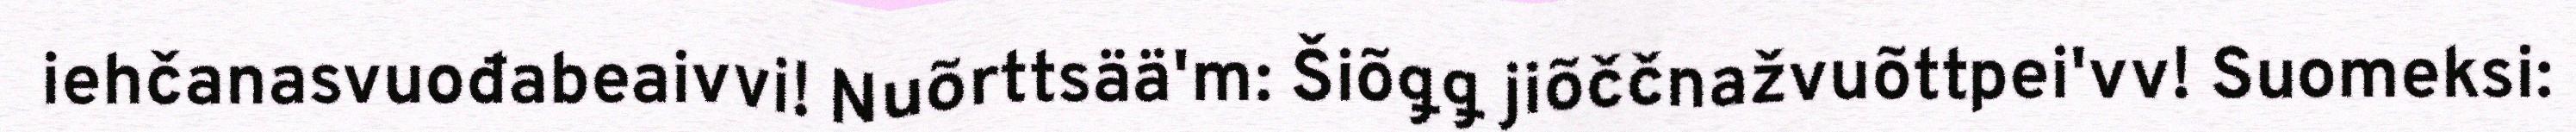
iehčanasvuođabeaivvi! Nuõrttsää'm: Šiõǥǥ jiõččnažvuõttpei'vv! Suomeksi: